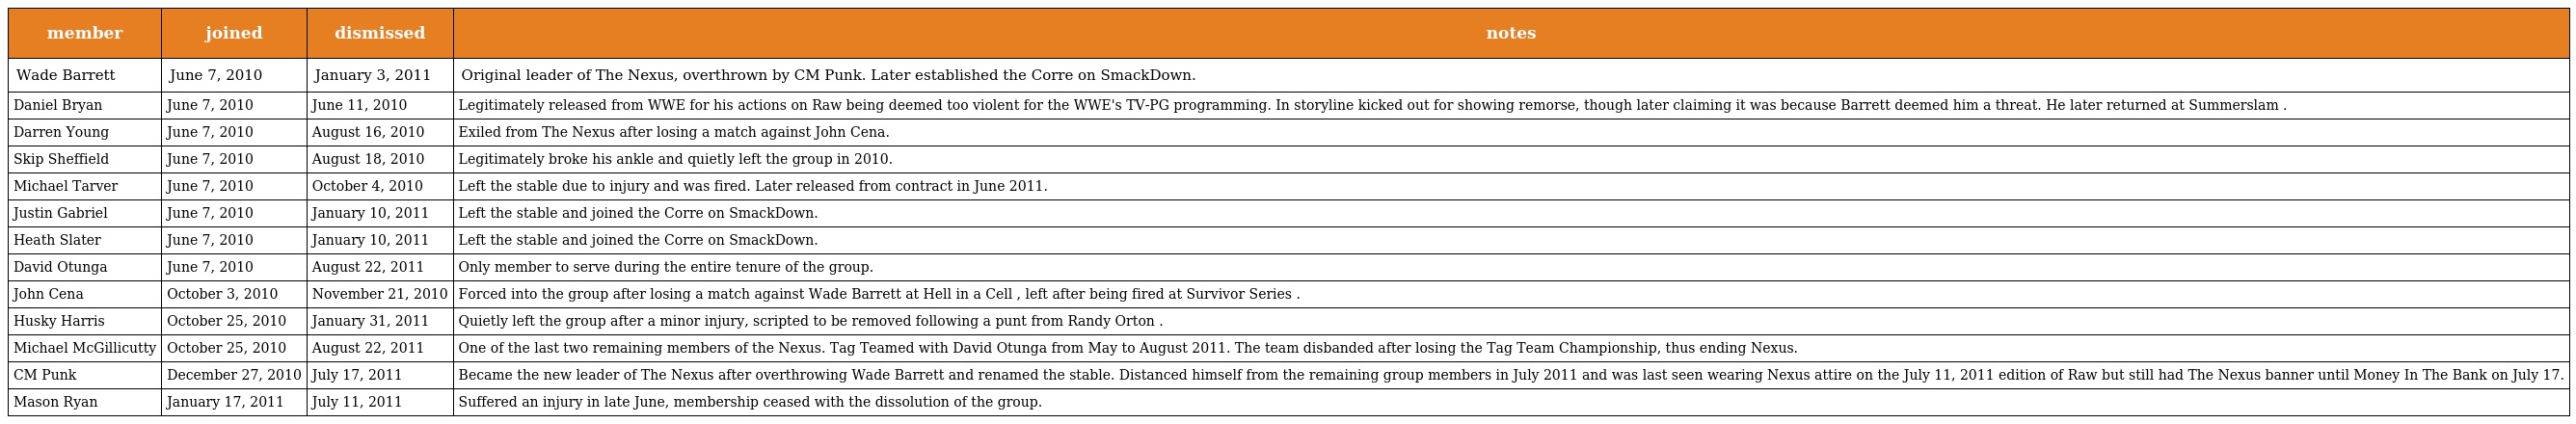
| member | joined | dismissed | notes |
 | --- | --- | --- | --- |
 | Wade Barrett | June 7, 2010 | January 3, 2011 | Original leader of The Nexus, overthrown by CM Punk. Later established the Corre on SmackDown. |
 | Daniel Bryan | June 7, 2010 | June 11, 2010 | Legitimately released from WWE for his actions on Raw being deemed too violent for the WWE's TV-PG programming. In storyline kicked out for showing remorse, though later claiming it was because Barrett deemed him a threat. He later returned at Summerslam . |
 | Darren Young | June 7, 2010 | August 16, 2010 | Exiled from The Nexus after losing a match against John Cena. |
 | Skip Sheffield | June 7, 2010 | August 18, 2010 | Legitimately broke his ankle and quietly left the group in 2010. |
 | Michael Tarver | June 7, 2010 | October 4, 2010 | Left the stable due to injury and was fired. Later released from contract in June 2011. |
 | Justin Gabriel | June 7, 2010 | January 10, 2011 | Left the stable and joined the Corre on SmackDown. |
 | Heath Slater | June 7, 2010 | January 10, 2011 | Left the stable and joined the Corre on SmackDown. |
 | David Otunga | June 7, 2010 | August 22, 2011 | Only member to serve during the entire tenure of the group. |
 | John Cena | October 3, 2010 | November 21, 2010 | Forced into the group after losing a match against Wade Barrett at Hell in a Cell , left after being fired at Survivor Series . |
 | Husky Harris | October 25, 2010 | January 31, 2011 | Quietly left the group after a minor injury, scripted to be removed following a punt from Randy Orton . |
 | Michael McGillicutty | October 25, 2010 | August 22, 2011 | One of the last two remaining members of the Nexus. Tag Teamed with David Otunga from May to August 2011. The team disbanded after losing the Tag Team Championship, thus ending Nexus. |
 | CM Punk | December 27, 2010 | July 17, 2011 | Became the new leader of The Nexus after overthrowing Wade Barrett and renamed the stable. Distanced himself from the remaining group members in July 2011 and was last seen wearing Nexus attire on the July 11, 2011 edition of Raw but still had The Nexus banner until Money In The Bank on July 17. |
 | Mason Ryan | January 17, 2011 | July 11, 2011 | Suffered an injury in late June, membership ceased with the dissolution of the group. |